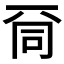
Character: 𠀹